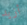
أزيد